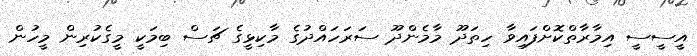
އީސީސީ އިމާރާތްކޮށްފައިވާ ހިތަދޫ މާމެންދޫ ސަރަހައްދުގެ މާކިޅީގެ ޗަސް ބިމަކީ މީގެކުރިން މީހުން